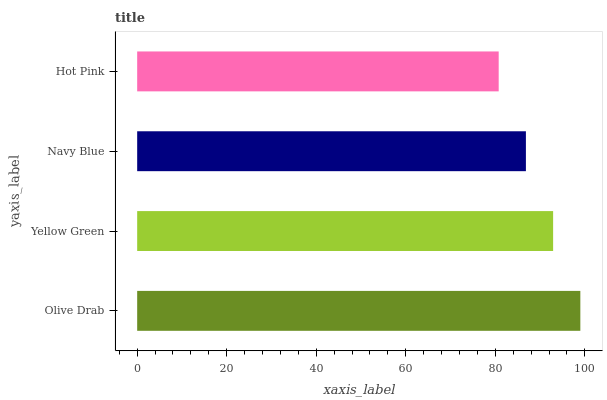
| yaxis_label | bars |
 | --- | --- |
 | Olive Drab | 99 |
 | Yellow Green | 92.9 |
 | Navy Blue | 86.8 |
 | Hot Pink | 80.8 |